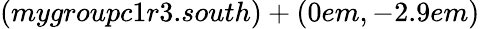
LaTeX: (mygroupc1r3.south)+(0em,-2.9em)